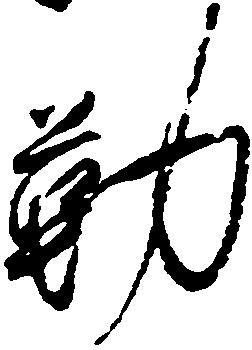
勤